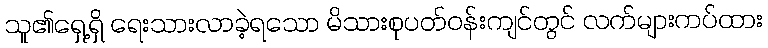
သူ၏ရှေ့ရှိ ရေးသားလာခဲ့ရသော မိသားစုပတ်ဝန်းကျင်တွင် လက်များကပ်ထား